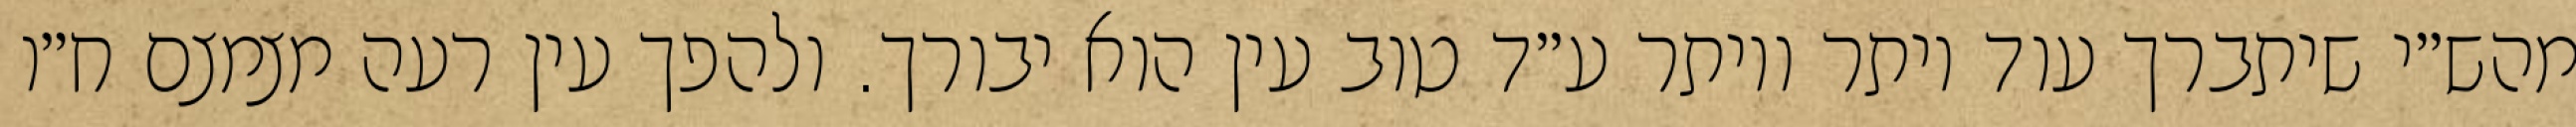
מהש״י שיתברך עוד יותר ויותר ע״ד טוב עין הוא יבורך. ולהפך עין רעה מצמצם ח״ו